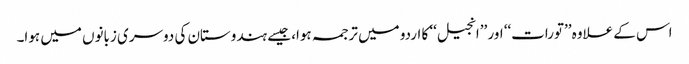
اس کے علاوہ ’’تورات‘‘ اور ’’انجیل‘‘ کا اردو میں ترجمہ ہوا، جیسے ہندوستان کی دوسری زبانوں میں ہوا۔